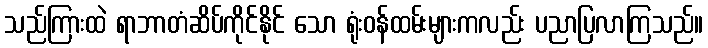
သည်ကြားထဲ ရာဘာတံဆိပ်ကိုင်နိုင် သော ရုံးဝန်ထမ်းများကလည်း ပညာပြလာကြသည်။